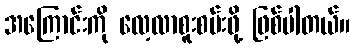
အကြောင်းကို လေ့လာစူးစမ်းဖို့ ဖြစ်ပါတယ်။